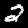
Label: 2